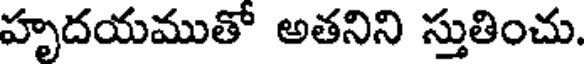
హృదయముతో అతనిని స్తుతించు.